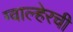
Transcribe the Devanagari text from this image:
ग्वाल्हेरची